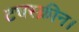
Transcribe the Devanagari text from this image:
टचस्क्रीन।